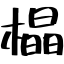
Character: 橸